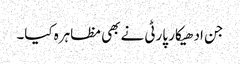
جن ادھیکار پارٹی نے بھی مظاہرہ کیا۔